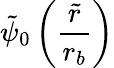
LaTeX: \tilde{\psi}_{0}\left(\frac{\tilde{r}}{r_{b}}\right)